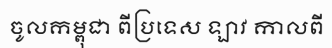
ចូលកម្ពុជា ពីប្រទេស ឡាវ កាលពី